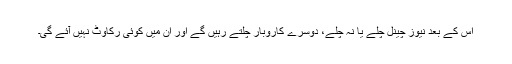
اس کے بعد نیوز چینل چلے یا نہ چلے، دوسرے کاروبار چلتے رہیں گے اور ان میں کوئی رکاوٹ نہیں آئے گی۔